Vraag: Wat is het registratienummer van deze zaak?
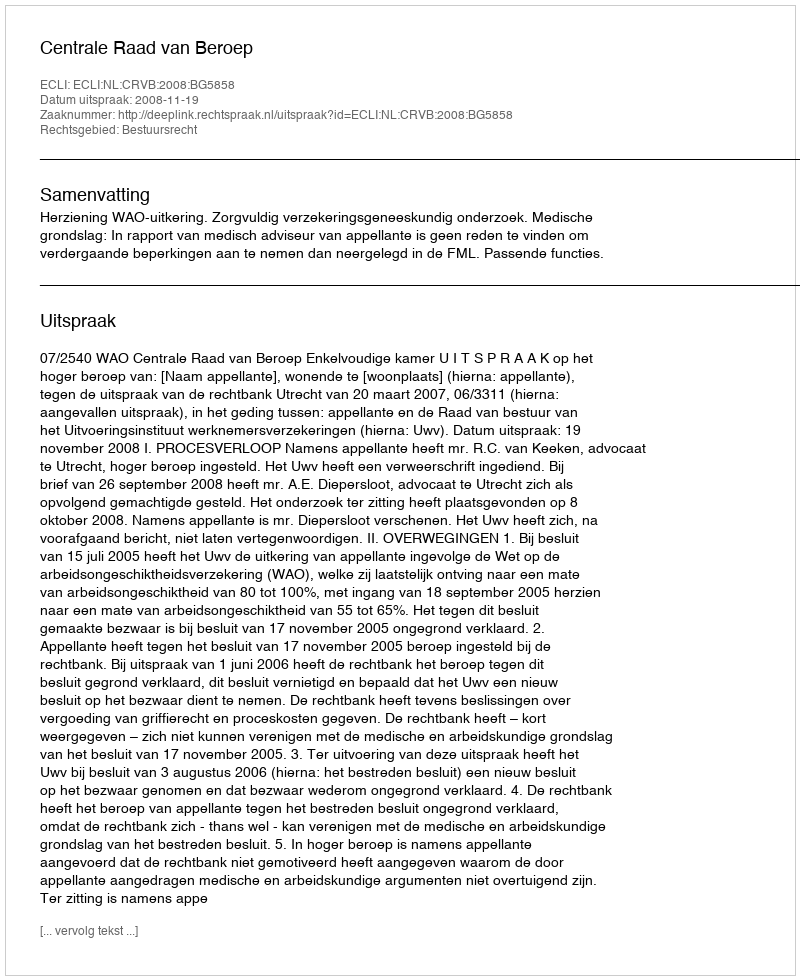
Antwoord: http://deeplink.rechtspraak.nl/uitspraak?id=ECLI:NL:CRVB:2008:BG5858